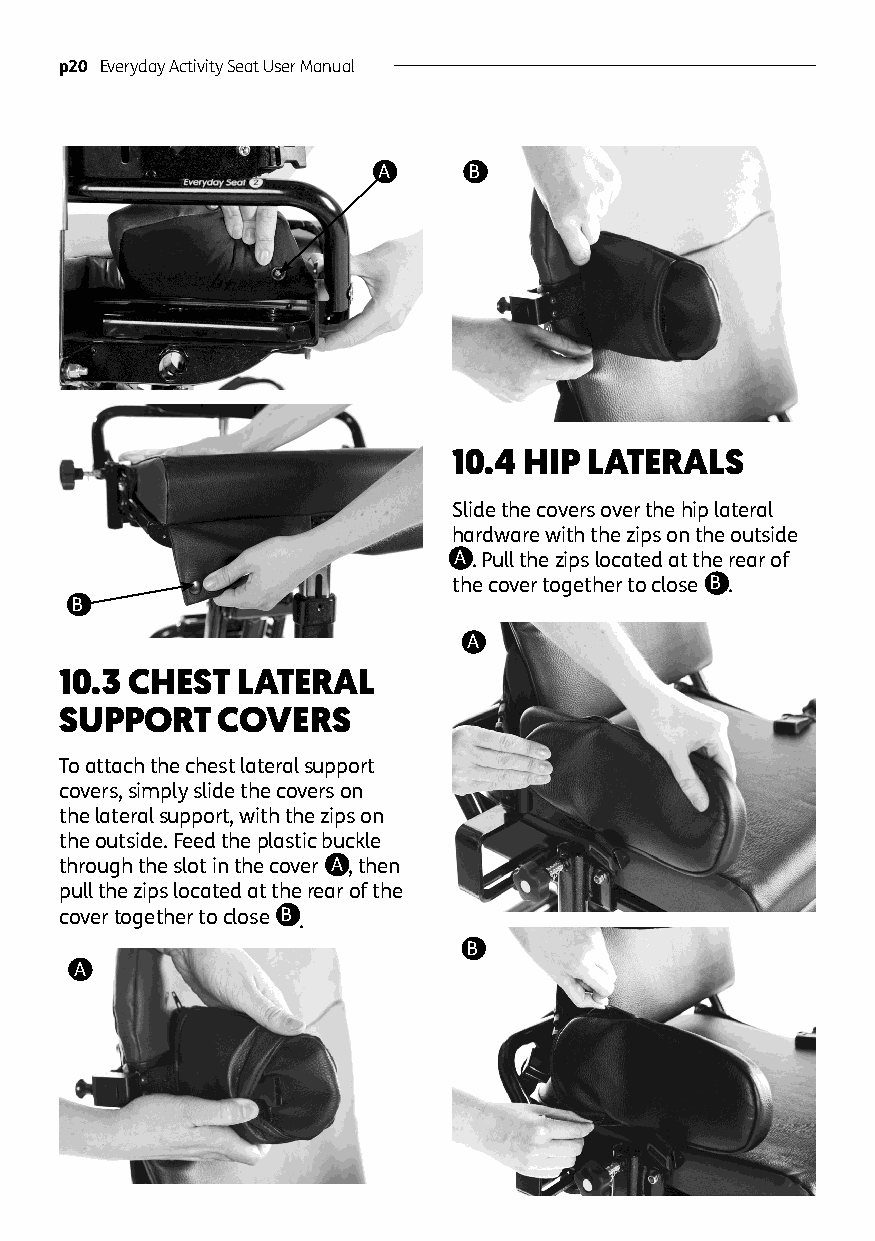
p20 Everyday Activity Seat User Manual
 A     B
 10.4 HIP LATERALS
 Slide the covers over the hip lateral
 hardware with the zips on the outside
 A. Pull the zips located at the rear of
 the cover together to close B .
 B
 A
 10.3 CHEST  LATERAL
 SUPPORT   COVERS
 To attach the chest lateral support
 covers, simply slide the covers on
 the lateral support, with the zips on
 the outside. Feed the plastic buckle
 through the slot in the cover A , then
 pull the zips located at the rear of the
 cover together to close B .
 B
 A